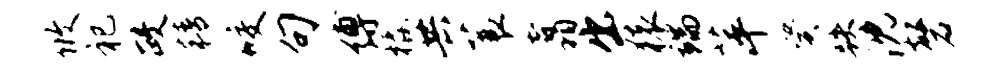
攸祀政精咬句缚橇共蓑翥出猿端萍癸跌沈磬